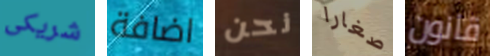
شريكى اضافة نحن صغارا قانون